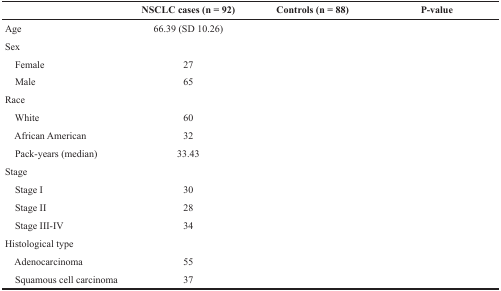
<table><thead><tr><td>[EMPTY_CELL]</td><td><b>NSCLC cases (n = 92)</b></td><td><b>Controls (n = 88)</b></td><td><b>P-value</b></td></tr></thead><tbody><tr><td>Age</td><td>66.39 (SD 10.26)</td><td>[EMPTY_CELL]</td><td>[EMPTY_CELL]</td></tr><tr><td>Sex</td><td>[EMPTY_CELL]</td><td>[EMPTY_CELL]</td><td>[EMPTY_CELL]</td></tr><tr><td> Female</td><td>27</td><td>[EMPTY_CELL]</td><td>[EMPTY_CELL]</td></tr><tr><td> Male</td><td>65</td><td>[EMPTY_CELL]</td><td>[EMPTY_CELL]</td></tr><tr><td>Race</td><td>[EMPTY_CELL]</td><td>[EMPTY_CELL]</td><td>[EMPTY_CELL]</td></tr><tr><td> White</td><td>60</td><td>[EMPTY_CELL]</td><td>[EMPTY_CELL]</td></tr><tr><td> African American</td><td>32</td><td>[EMPTY_CELL]</td><td>[EMPTY_CELL]</td></tr><tr><td> Pack-years (median)</td><td>33.43</td><td>[EMPTY_CELL]</td><td>[EMPTY_CELL]</td></tr><tr><td>Stage</td><td>[EMPTY_CELL]</td><td>[EMPTY_CELL]</td><td>[EMPTY_CELL]</td></tr><tr><td> Stage I</td><td>30</td><td>[EMPTY_CELL]</td><td>[EMPTY_CELL]</td></tr><tr><td> Stage II</td><td>28</td><td>[EMPTY_CELL]</td><td>[EMPTY_CELL]</td></tr><tr><td> Stage III-IV</td><td>34</td><td>[EMPTY_CELL]</td><td>[EMPTY_CELL]</td></tr><tr><td>Histological type</td><td>[EMPTY_CELL]</td><td>[EMPTY_CELL]</td><td>[EMPTY_CELL]</td></tr><tr><td> Adenocarcinoma</td><td>55</td><td>[EMPTY_CELL]</td><td>[EMPTY_CELL]</td></tr><tr><td> Squamous cell carcinoma</td><td>37</td><td>[EMPTY_CELL]</td><td>[EMPTY_CELL]</td></tr></tbody></table>